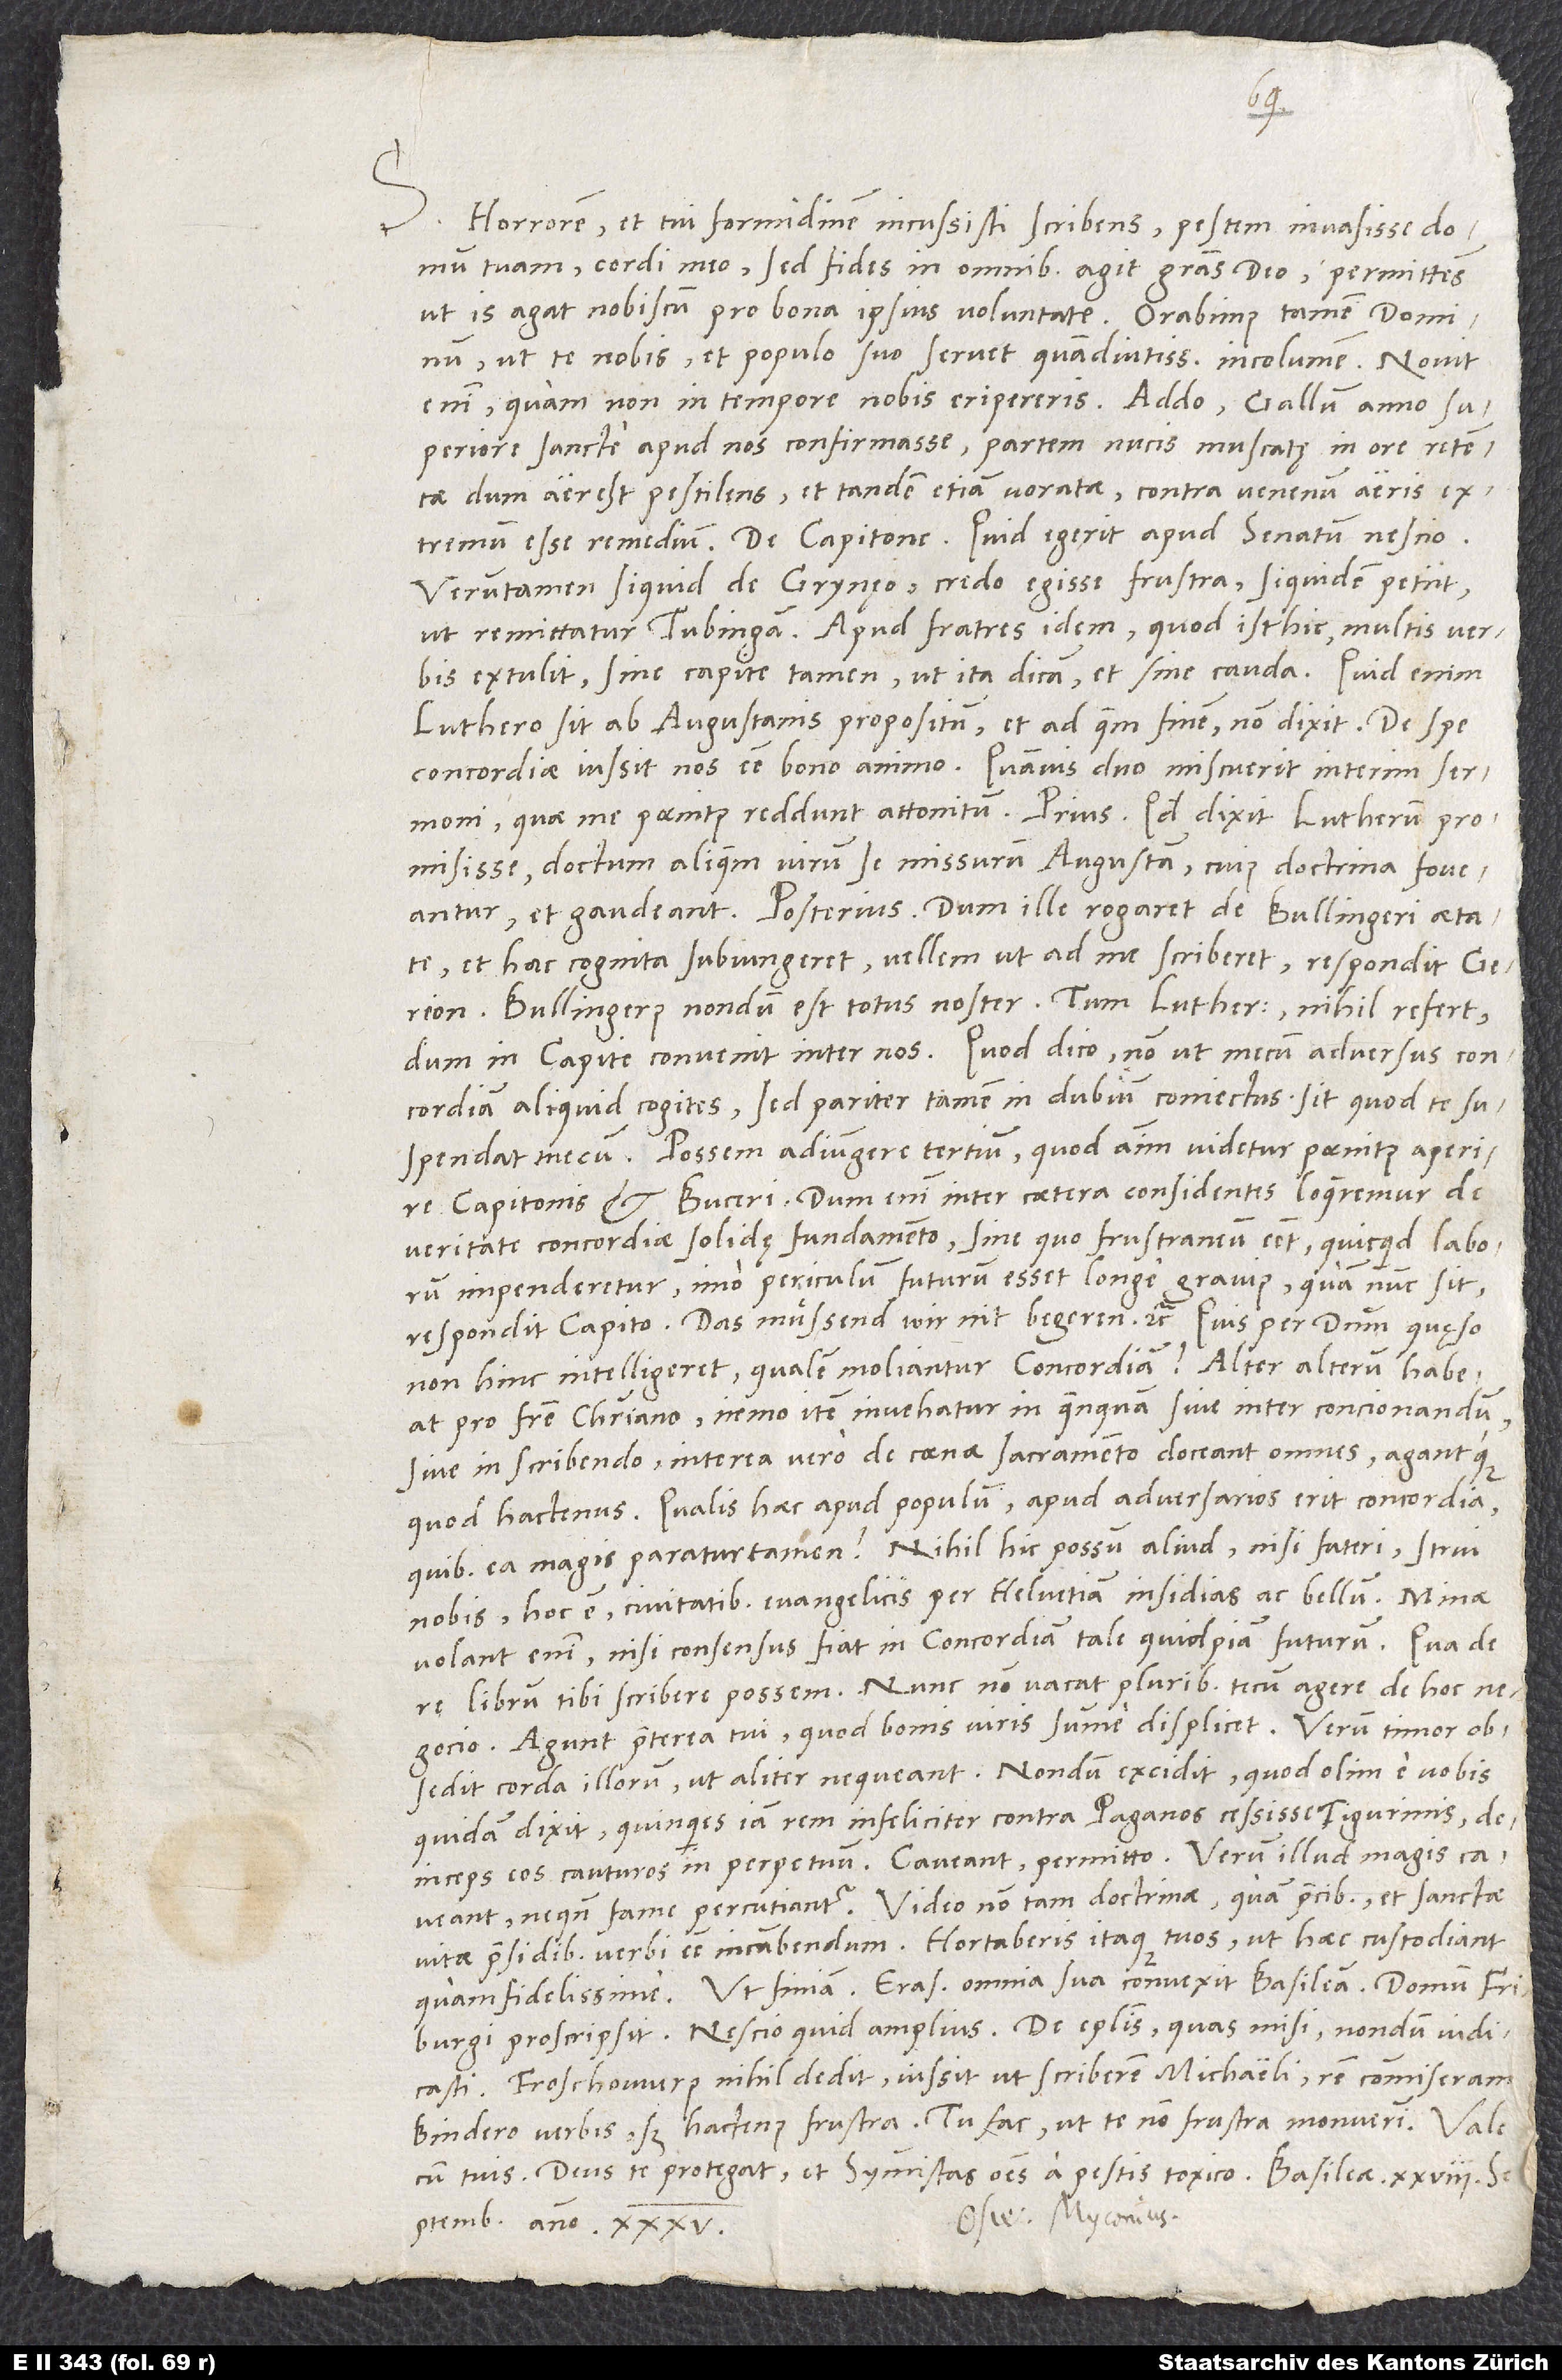
S. Horrorem et tui formidinem incussisti scribens pestem invasisse domum
tuam cordi meo, sed fides in omnibus agit gratias deo permittens,
ut is agat nobiscum pro bona ipsius voluntate. Orabimus tamen dominum,
ut te nobis et populo suo servet quam diutissime incolumem. Novit
enim, quam non in tempore nobis eripereris. Addo Gallum anno
superiore sancte apud nos confirmasse partem nucis muscatę in ore retentae,
dum aer est pestilens, et tandem etiam voratae contra venenum aeris
verumtamen si quid de Grynęo, credo egisse frustra, siquidem petiit,
ut remittatur Tubingam. Apud fratres idem quod isthic multis verbis
extulit, sine capite tamen, ut ita dicam, et sine cauda. Quid enim
Luthero sit ab Augustanis propositum et ad quem finem, non dixit. De spe
concordiae iussit nos esse bono animo, quamvis duo miscuerit interim sermoni,
quae me paenitus reddunt attonitum: prius, quod dixit Lutherum
promisisse doctum aliquem virum se missurum Augustam, cuius doctrina foveantur
et gaudeant. Posterius, dum ille rogaret de Bullingeri aetate
et hac cognita subiungeret: "Vellem, ut ad me scriberet", responditGerion:
"Bullingerus nondum est totus noster". Tum Lutherus: "Nihil refert,
dum in capite convenit inter nos". Quod dico, non ut mecum adversus concordiam
aliquid cogites, sed pariter tamen in dubium coniectus, sit, quod te
suspendat mecum. Possem adiungere tertium, quod animum videtur paenitus aperire
Capitonis et Buceri. Dum enim inter caetera considentes loqueremur de
veritate, concordiae solidę fundamento, sine quo frustraneum esset, quicquid laborum
impenderetur, imo periculum futurum esset longe gravius, quam nunc sit,
respondit Capito: "Das muͤssend wir nit begeren" etc. Quis, per dominum quęso,
non hinc intelligeret, qualem moliantur concordiam? Alter alterum habeat
pro fratre christiano, nemo item invehatur in quenquam sive inter concionandum
sive in scribendo, interea vero de coenae sacramento doceant omnes agantque
quod hactenus. Qualis haec apud populum, apud adversarios erit concordia,
quibus ea magis paratur tamen? Nihil hic possum aliud nisi fateri strui
nobis, hoc est civitatibus evangelicis per Helvetiam, insidias ac bellum. Minae
volant enim, nisi consensus fiat in concordiam, tale quidpiam futurum. Qua de
librum tibi scribere possem. Nunc non vacat pluribus tecum agere de hoc
Agunt praeterea tui, quod bonis viris summe displicet, verum timor
obsedit corda illorum, ut aliter nequeant. Nondum excidit, quod olim e vobis
quidam dixit quinquies iam rem infeliciter contra Paganos cessisse Tigurinis,
deinceps eos cauturos in perpetuum. Caveant, permitto, verum illud magis
caveant, ne quando fame percutiantur. Video non tam doctrinae quam precibus et sanctae
vitae praesidibus verbi esse incumbendum. Hortaberis itaque tuos, ut haec custodiant
proscripsit. Nescio, quid amplius. De epistolis, quas misi, nondum indicasti.
Froschowerus nihil dedit. lussit, ut scriberem Michaeli. Rem commiseram
Bindero verbis, sed hactenus frustra. Tu fac, ut te non frustra monuerim.
cum tuis. Deus te protegat et symmistas omnes a pestis toxico.
septembris anno 35.